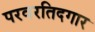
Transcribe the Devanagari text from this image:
परवरतिदगार